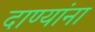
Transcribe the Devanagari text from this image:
दाण्यांना